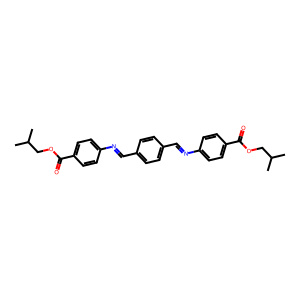
SMILES: CC(C)COC(=O)c1ccc(N=Cc2ccc(C=Nc3ccc(C(=O)OCC(C)C)cc3)cc2)cc1
Inhibits HIV replication: No